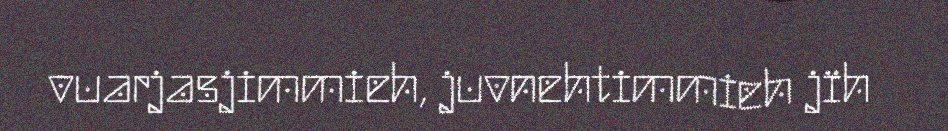
vuarjasjimmieh, juvnehtimmieh jïh